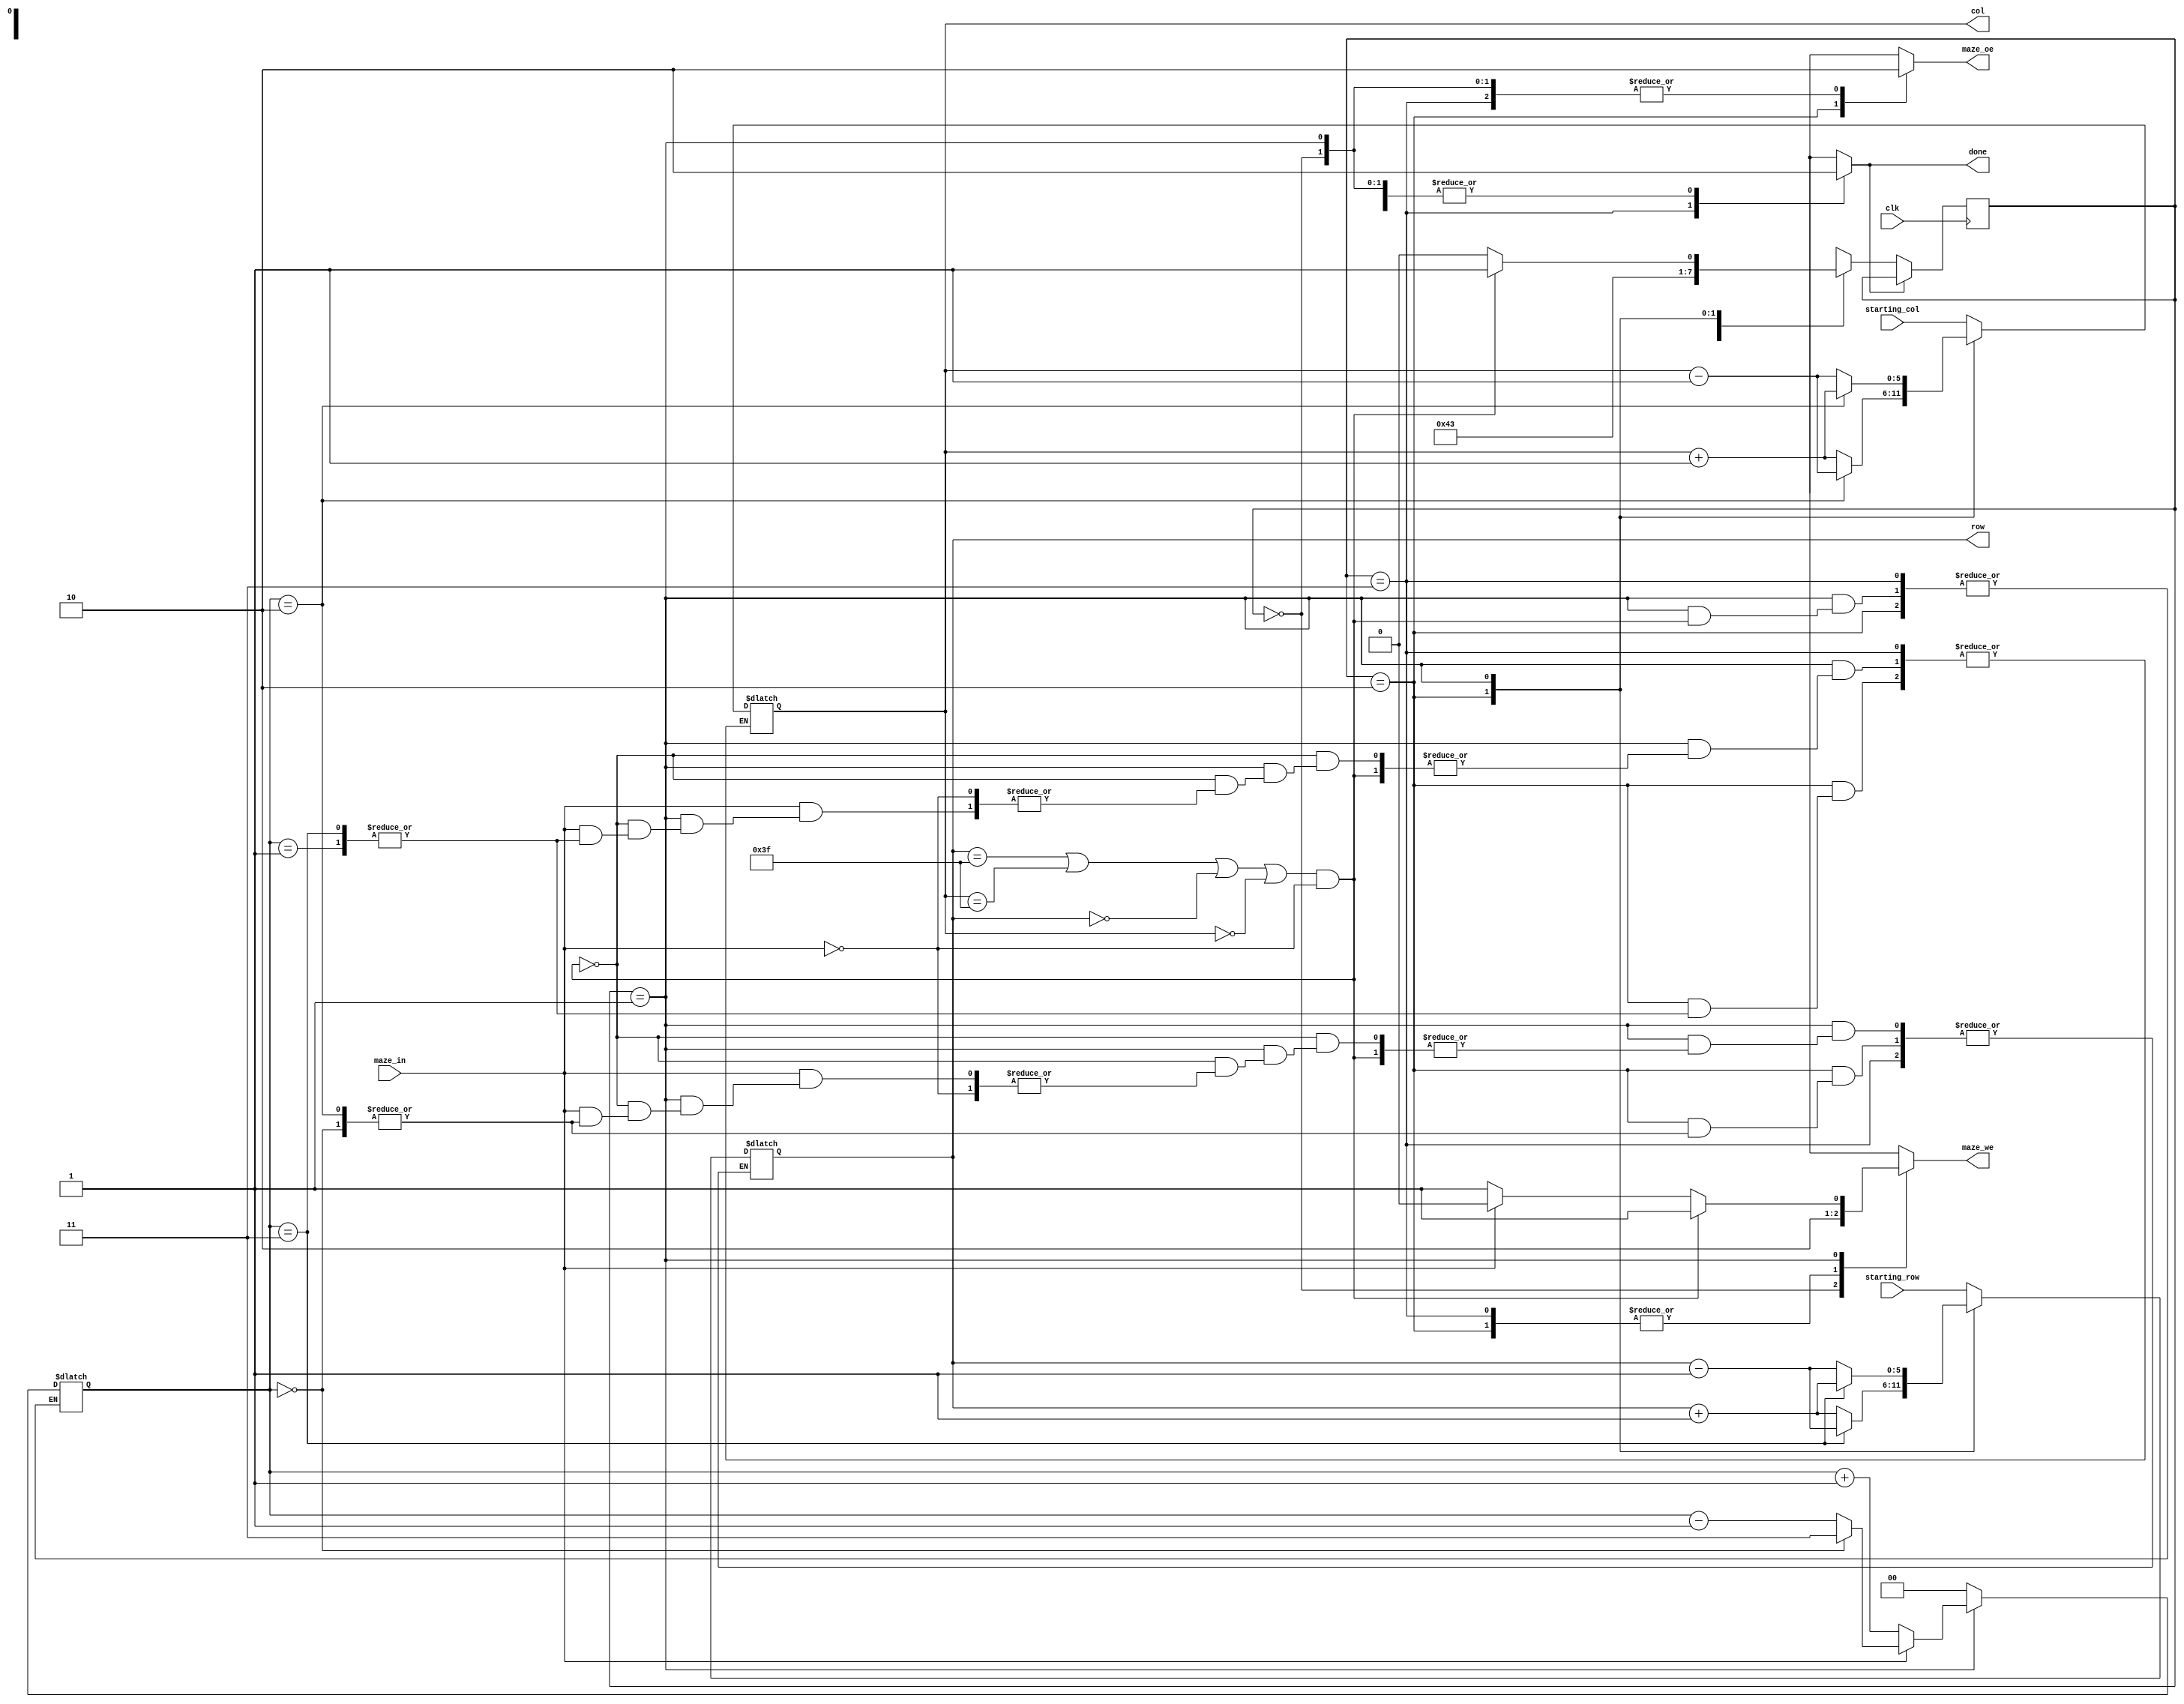
module maze(
  input clk,
  input [maze_width - 1 : 0] starting_col, starting_row,
  input maze_in,
  output reg [maze_width - 1 : 0] row, col,
  output reg maze_oe,
  output reg maze_we,
  output reg done);


  parameter maze_width = 6;

  `define NORTH 0                                                                               //   Fiecare directie de deplasare este
  `define EAST  1                                                                               // reprezentata de orientarea din punct de vedere
  `define SOUTH 2                                                                               // cardinal.
  `define WEST  3

  `define START 0
  `define READ  1
  `define MOVE  2
  `define EXIT  3


  reg [1 : 0] state;
  reg [1 : 0] next_state;
  reg [1 : 0] direction;

  always @(posedge clk)                                                                         //   Voi trece in alta stare doar daca nu am
      if (done == 0)                                                                            // gasit deja iesirea.
        state <= next_state;


  always @(*) begin

    maze_oe = 0;
    maze_we = 0;
    done = 0;
    next_state = `START;

    case(state)
      `START: begin
                row = starting_row;                                                             //   Initial pozitia curenta este cea data
                col = starting_col;                                                             // de intrare. Orientarea initiala se alege
                direction = 0;                                                                  // arbitrar ca fiind NORTH.
                maze_we = 1;                                                                    //  Stiu ca punctul de start este culoar (liber),
                next_state = `MOVE;                                                             // asa ca nu mai verific, doar ma deplasez.
                end

      `EXIT: begin
                done = 1;
                end

      `MOVE: begin
                case(direction)
                  `NORTH: col = col + 1;
                  `EAST: row = row + 1;
                  `SOUTH: col = col - 1;
                  `WEST: row = row - 1;
                  default: ;
                endcase
                maze_oe = 1;                                                                    //  Dupa ce m-am deplasat, verific daca ma aflu
                next_state = `READ;                                                             // pe un culoar liber sau intr-un perete.
                end
        `READ: begin
                  if((row == 63 || col == 63 || row == 0 || col == 0) && maze_in == 0) begin    //  Daca sunt pe un culoar in marginea
                    maze_we = 1;                                                                // labirintului, inseamna ca am gasit iesirea.
                    next_state = `EXIT;
                  end
                  else if(maze_in == 0) begin                                                   //   Daca ma aflu pe un culoar, atunci il marchez
                    maze_we = 1;                                                                // si continui sa merg intr-o noua directie.
                    direction = direction + 1;
                    next_state = `MOVE;
                  end
                  else begin                                                                    //   Daca ma aflu intr-un perete, inseamna ca
                    case(direction)                                                             // ca trebuie sa ma intorc pe celula anterioara.
                      `NORTH: col = col - 1;
                      `EAST: row = row - 1;
                      `SOUTH: col = col + 1;
                      `WEST: row = row + 1;
                      default: ;
                    endcase
                    if(direction == 0)                                                          //   Pentru deplasarea in directia buna, ciclez
                      direction = 3;                                                            // prin orientarile anterioare
                    else
                      direction = direction - 1;
                    next_state = `MOVE;
                  end
                  end
          default: ;
      endcase
    end
endmodule